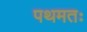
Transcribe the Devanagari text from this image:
पथमतः